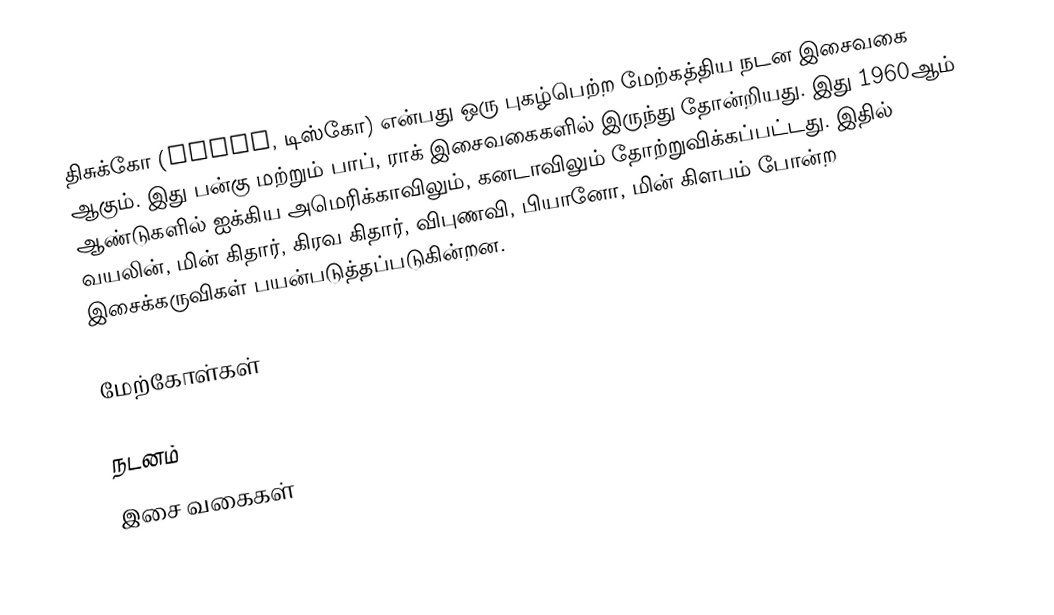
திசுக்கோ (Disco, டிஸ்கோ) என்பது ஒரு புகழ்பெற்ற மேற்கத்திய நடன இசைவகை ஆகும். இது பன்கு மற்றும் பாப், ராக் இசைவகைகளில் இருந்து தோன்றியது. இது 1960ஆம் ஆண்டுகளில் ஐக்கிய அமெரிக்காவிலும், கனடாவிலும் தோற்றுவிக்கப்பட்டது. இதில் வயலின், மின் கிதார், கிரவ கிதார், விபுணவி, பியானோ, மின் கிளபம் போன்ற இசைக்கருவிகள் பயன்படுத்தப்படுகின்றன.

மேற்கோள்கள்

நடனம்
இசை வகைகள்